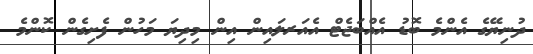
ދުނިޔޭގެ އެންމެ ބޮޑު އެއްބަޖެޓް އެއަރލައިން އިން މިދިޔަ މަހުން ފެށިގެން ކޮންމެ